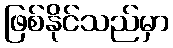
ဖြစ်နိုင်သည်မှာ